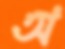
অ